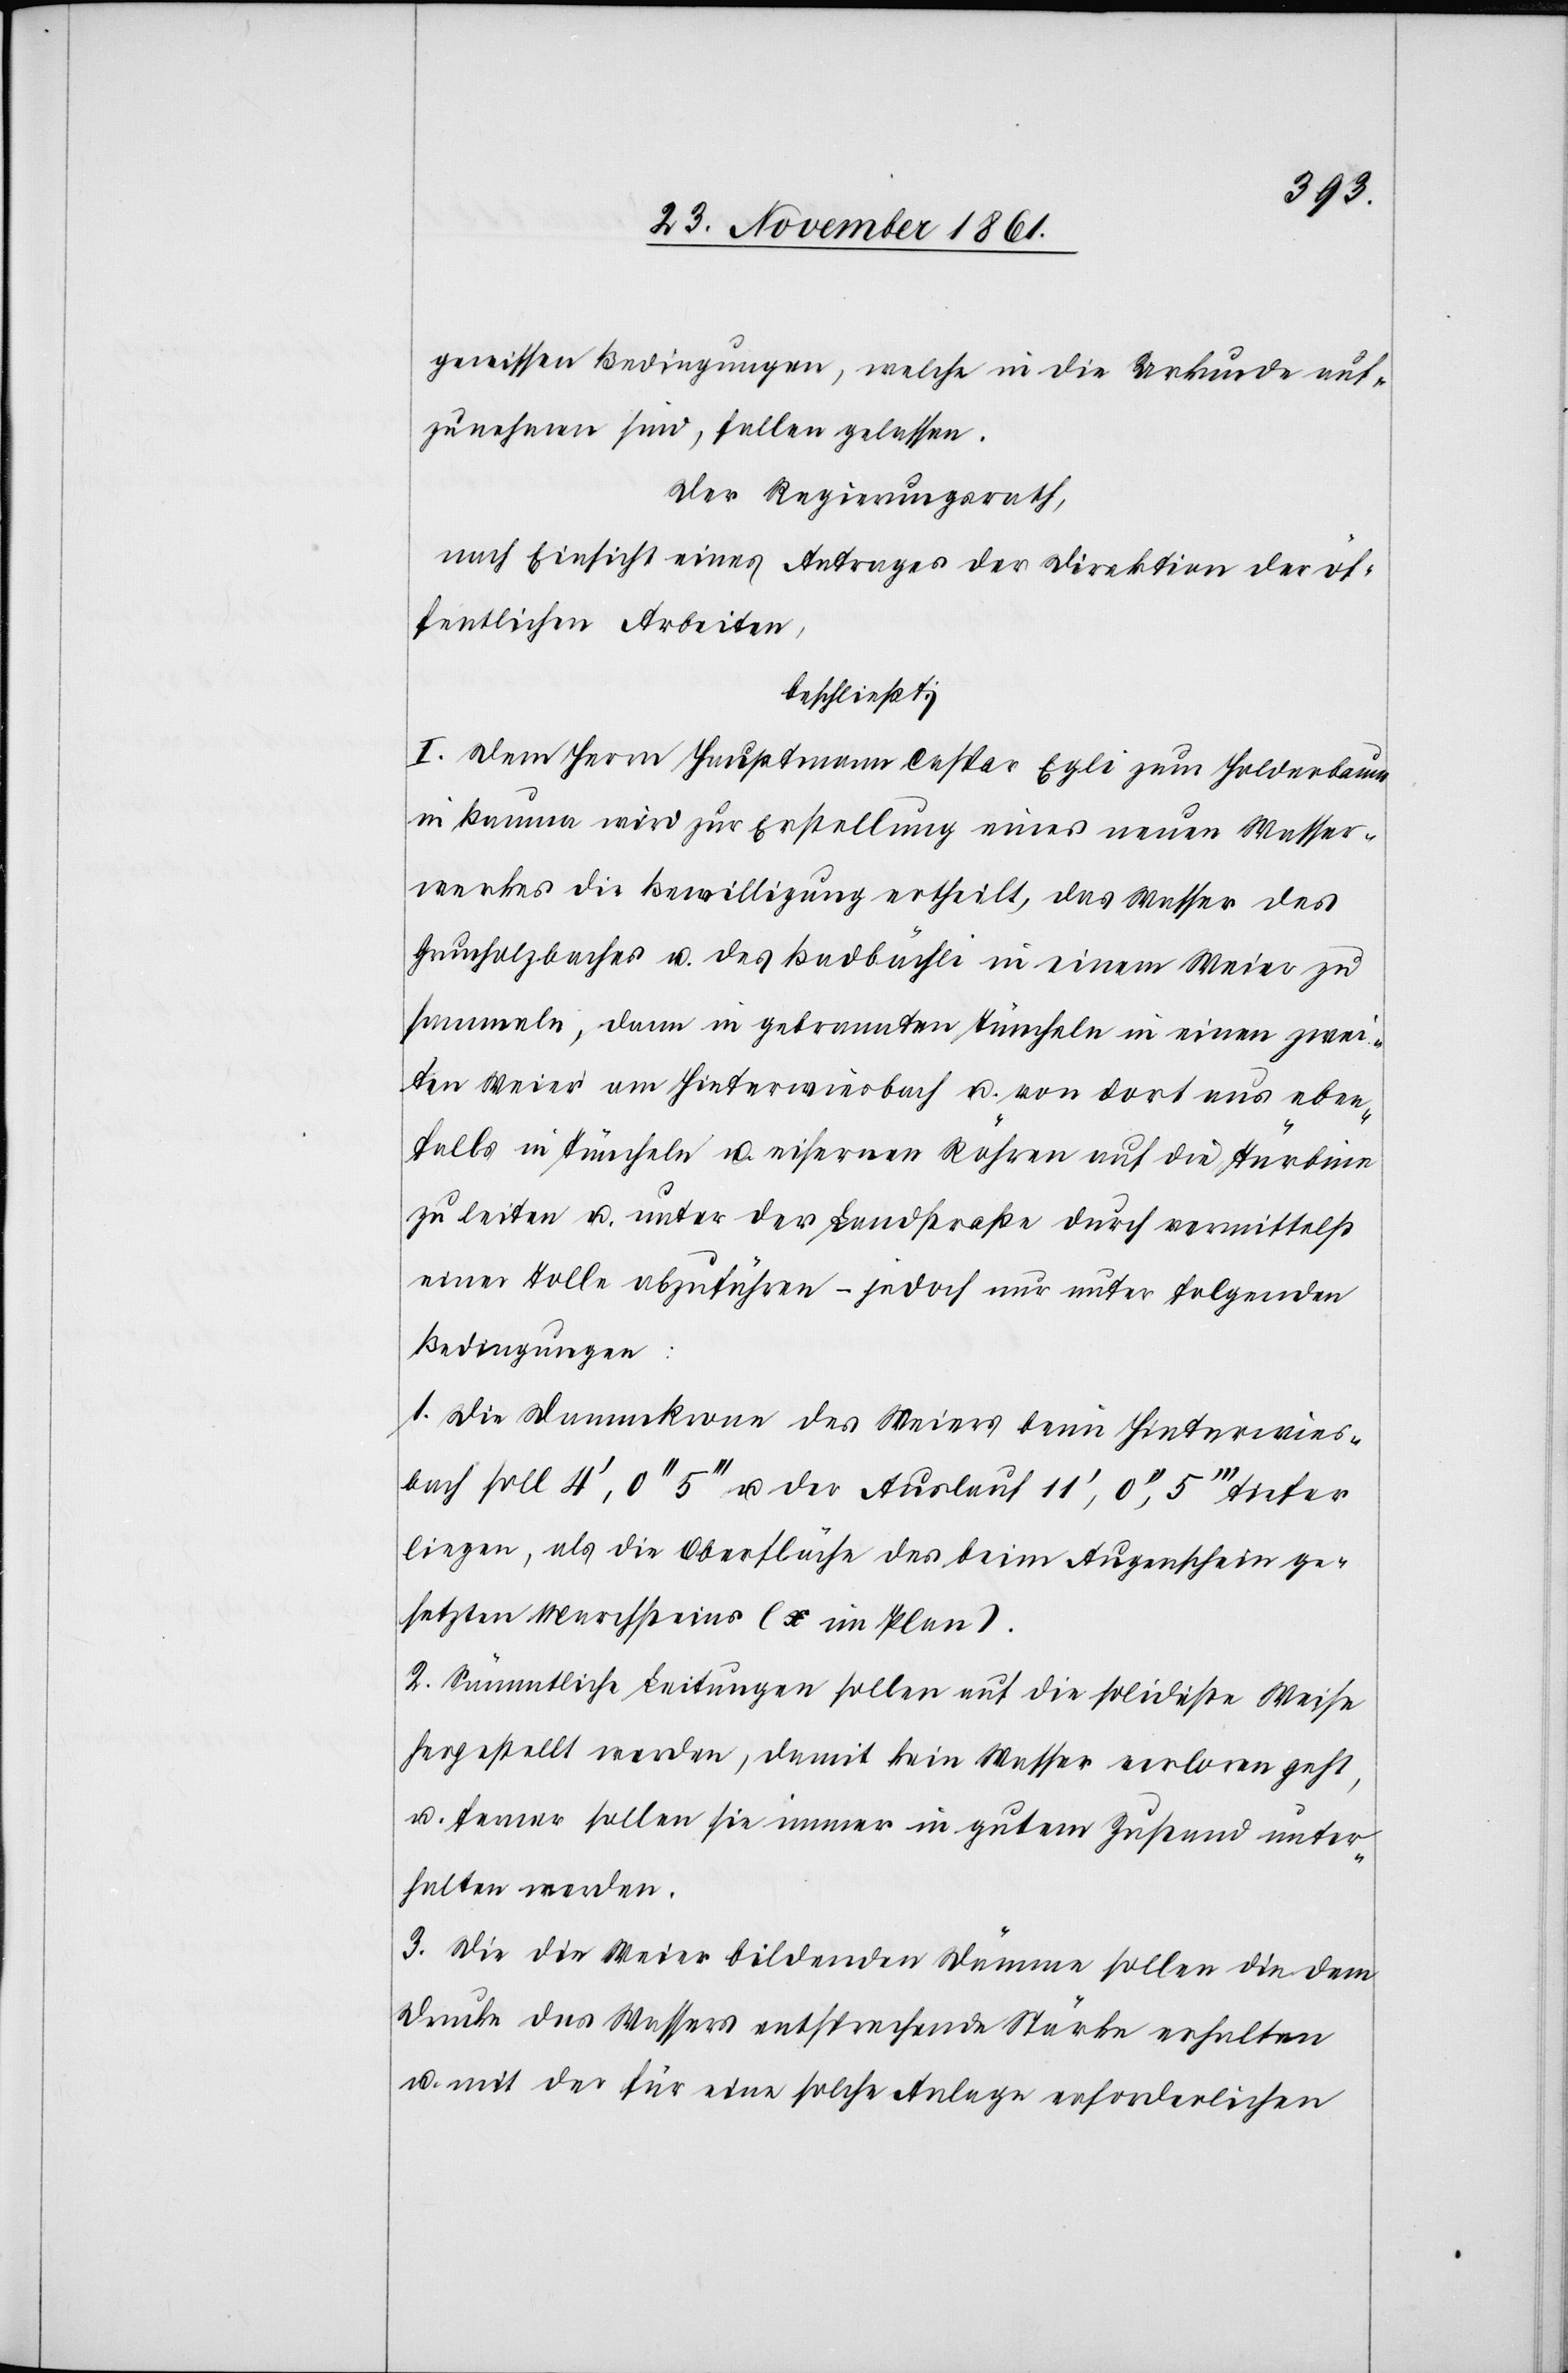
gewissen Bedingungen, welche in die Urkunde auf¬
zunehmen sind, fallen gelassen.
Der Regierungsrath,
nach Einsicht eines Antrages der Direktion der öf¬
fentlichen Arbeiten,
beschließt:
I. Dem Herrn Hauptmann Caspar Egli zum Holderbaum
in Bauma wird zu Erstellung eines neuen Wasser¬
werkes die Bewilligung ertheilt, das Wasser des
Grundholzbaches u. des Badbächli in einem Weier zu
sammeln, dann in gebrannten Tüncheln in einen zwei¬
ten Weier am Hinterwiesbach u. von dort aus eben¬
falls in Tüncheln u. eisernen Röhren auf die Turbinen
zu leiten u. unter der Landstraße durch vermittelst
einer Tolle abzuführen – jedoch nur unter folgenden
Bedingungen:
1. Die Dammkrone des Weiers beim Hinterwies¬
bach soll 4‘, 0‘‘, 5‘‘‘ u. der Auslauf 11‘, 0‘‘, 5‘‘‘ tiefer
liegen, als die Oberfläche des beim Augenschein ge¬
setzten Marchsteines (x im Plan).
2. Sämmtliche Leitungen sollen auf die solideste Weise
hergestellt werden, damit kein Wasser verloren geht,
u. ferner sollen sie immer in gutem Zustand unter¬
halten werden.
3. Die die Weier bildenden Dämme sollen die dem
Drucke des Wassers entsprechende Stärke erhalten
u. mit der für eine solche Anlage erforderlichen